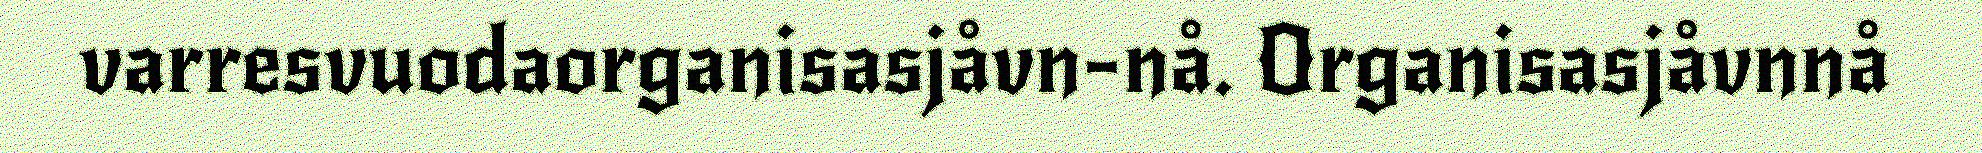
varresvuodaorganisasjåvn-nå. Organisasjåvnnå